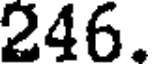
246.